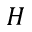
H